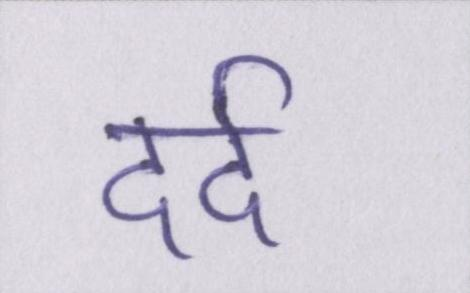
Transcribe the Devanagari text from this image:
दर्द